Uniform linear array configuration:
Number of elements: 16
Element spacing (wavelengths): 0.75
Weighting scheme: hamming
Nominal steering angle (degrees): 0
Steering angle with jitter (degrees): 0.1882
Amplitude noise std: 0.05
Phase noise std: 0.05

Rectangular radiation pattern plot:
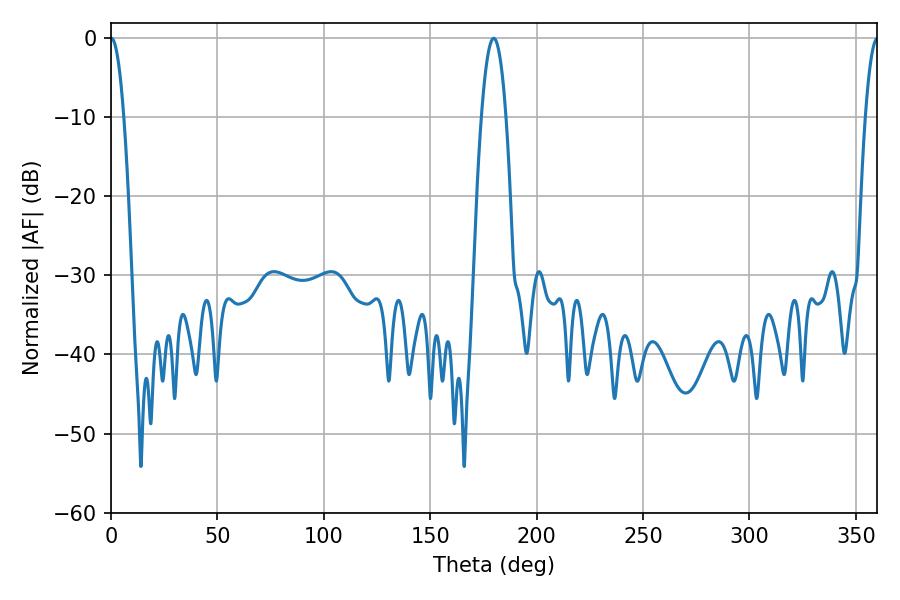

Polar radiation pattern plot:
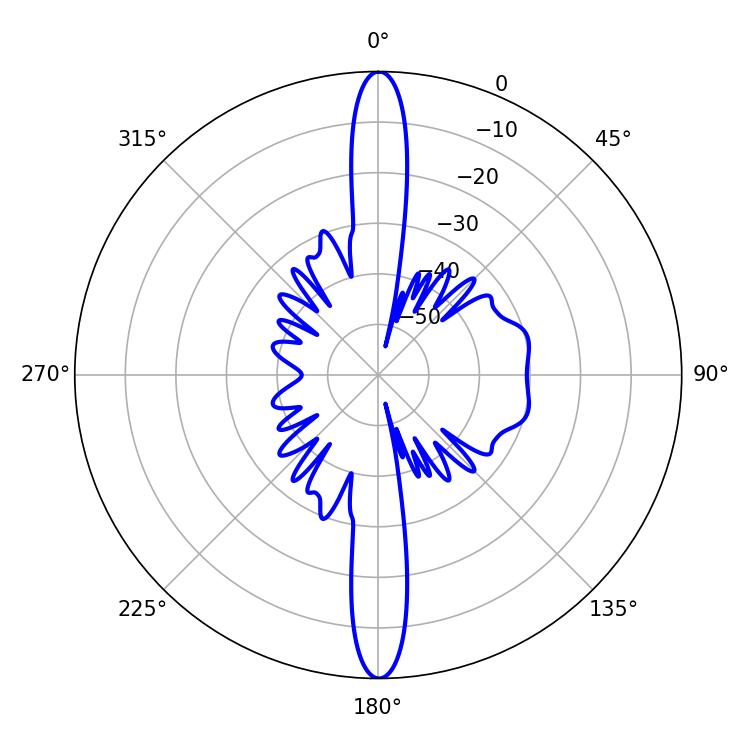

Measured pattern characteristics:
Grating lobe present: TRUE
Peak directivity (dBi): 31.189
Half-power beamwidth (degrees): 3.42
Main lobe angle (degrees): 0.18